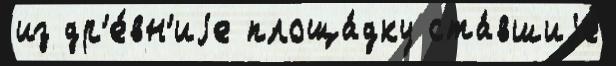
из др'е́вн'иjе площа́дку ста́вшиjе